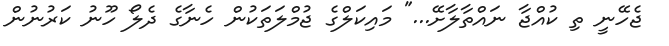
ޖެހޭނީ ތި ކުއްޖާ ނައްތާލާށޭ..." މައިކަލްގެ ޖުމްލަތަކުން ހެނާގެ ދެލޯ ހޫނު ކަރުނުން